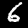
Label: 6